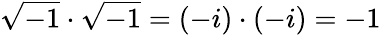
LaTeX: {\sqrt{-1}}\cdot{\sqrt{-1}}=(-i)\cdot(-i)=-1